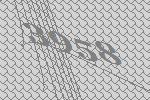
3958